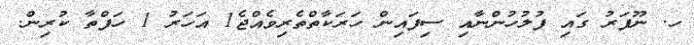
ހ. ނޫފަރު ގައި ފުލުހުންނާއި ސިފައިން ހަރަކާތްތެރިވެއްޖެ1 އަހަރު 1 ހަފްތާ ކުރިން.